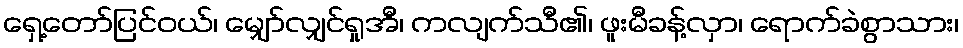
ရှေ့တော်ပြင်ဝယ်၊ မျှော်လျှင်ရှုအီ၊ ကလျက်သီ၏၊ ဖူးမီခန့်လှာ၊ ရောက်ခဲစွာသား၊